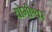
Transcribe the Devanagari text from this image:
योगीश्वर